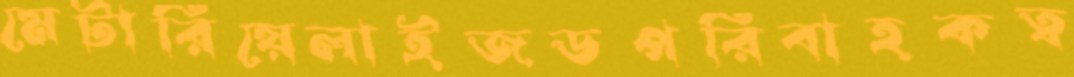
মেটারিয়েলাইজডপরিবাহকত্ব